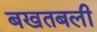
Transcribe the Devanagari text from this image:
बखतबली